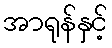
အာရုန်နှင့်